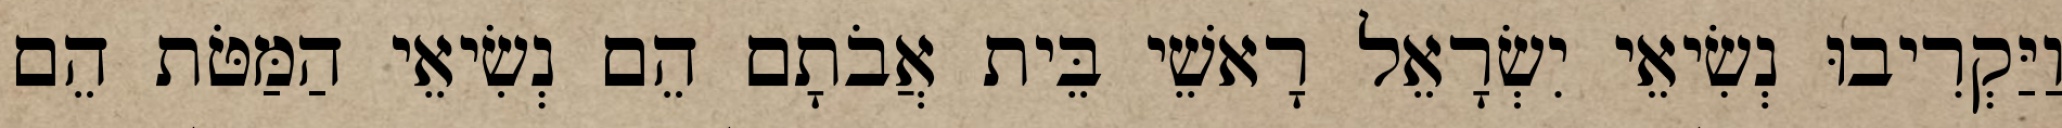
וַיַּקְרִיבוּ נְשִׂיאֵי יִשְׂרָאֵל רָאשֵׁי בֵּית אֲבֹתָם הֵם נְשִׂיאֵי הַמַּטֹּת הֵם